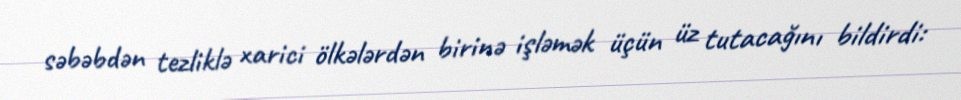
səbəbdən tezliklə xarici ölkələrdən birinə işləmək üçün üz tutacağını bildirdi: